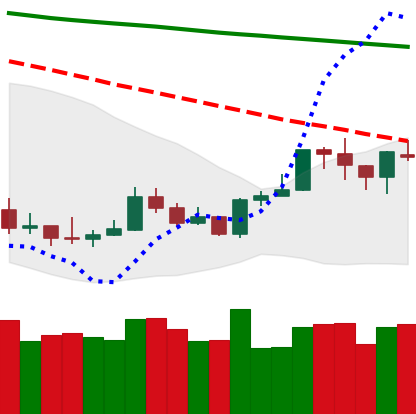
Ticker: ETH-USD
Chart end date: 2020-01-11
Forward return: 15.017%
Label: up_7plus